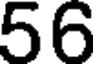
56